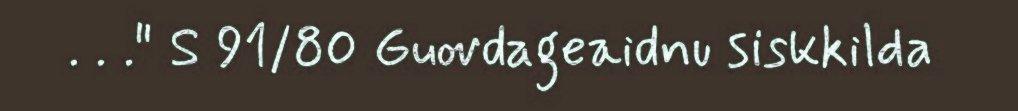
. . ." S 91/80 Guovdageaidnu siskkilda